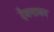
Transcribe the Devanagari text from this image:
देवमानव